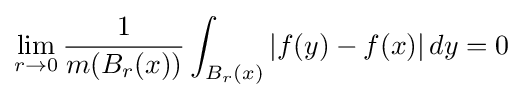
\lim _{r\to 0}{\frac {1}{m(B_{r}(x))}}\int _{B_{r}(x)}|f(y)-f(x)|\,dy=0